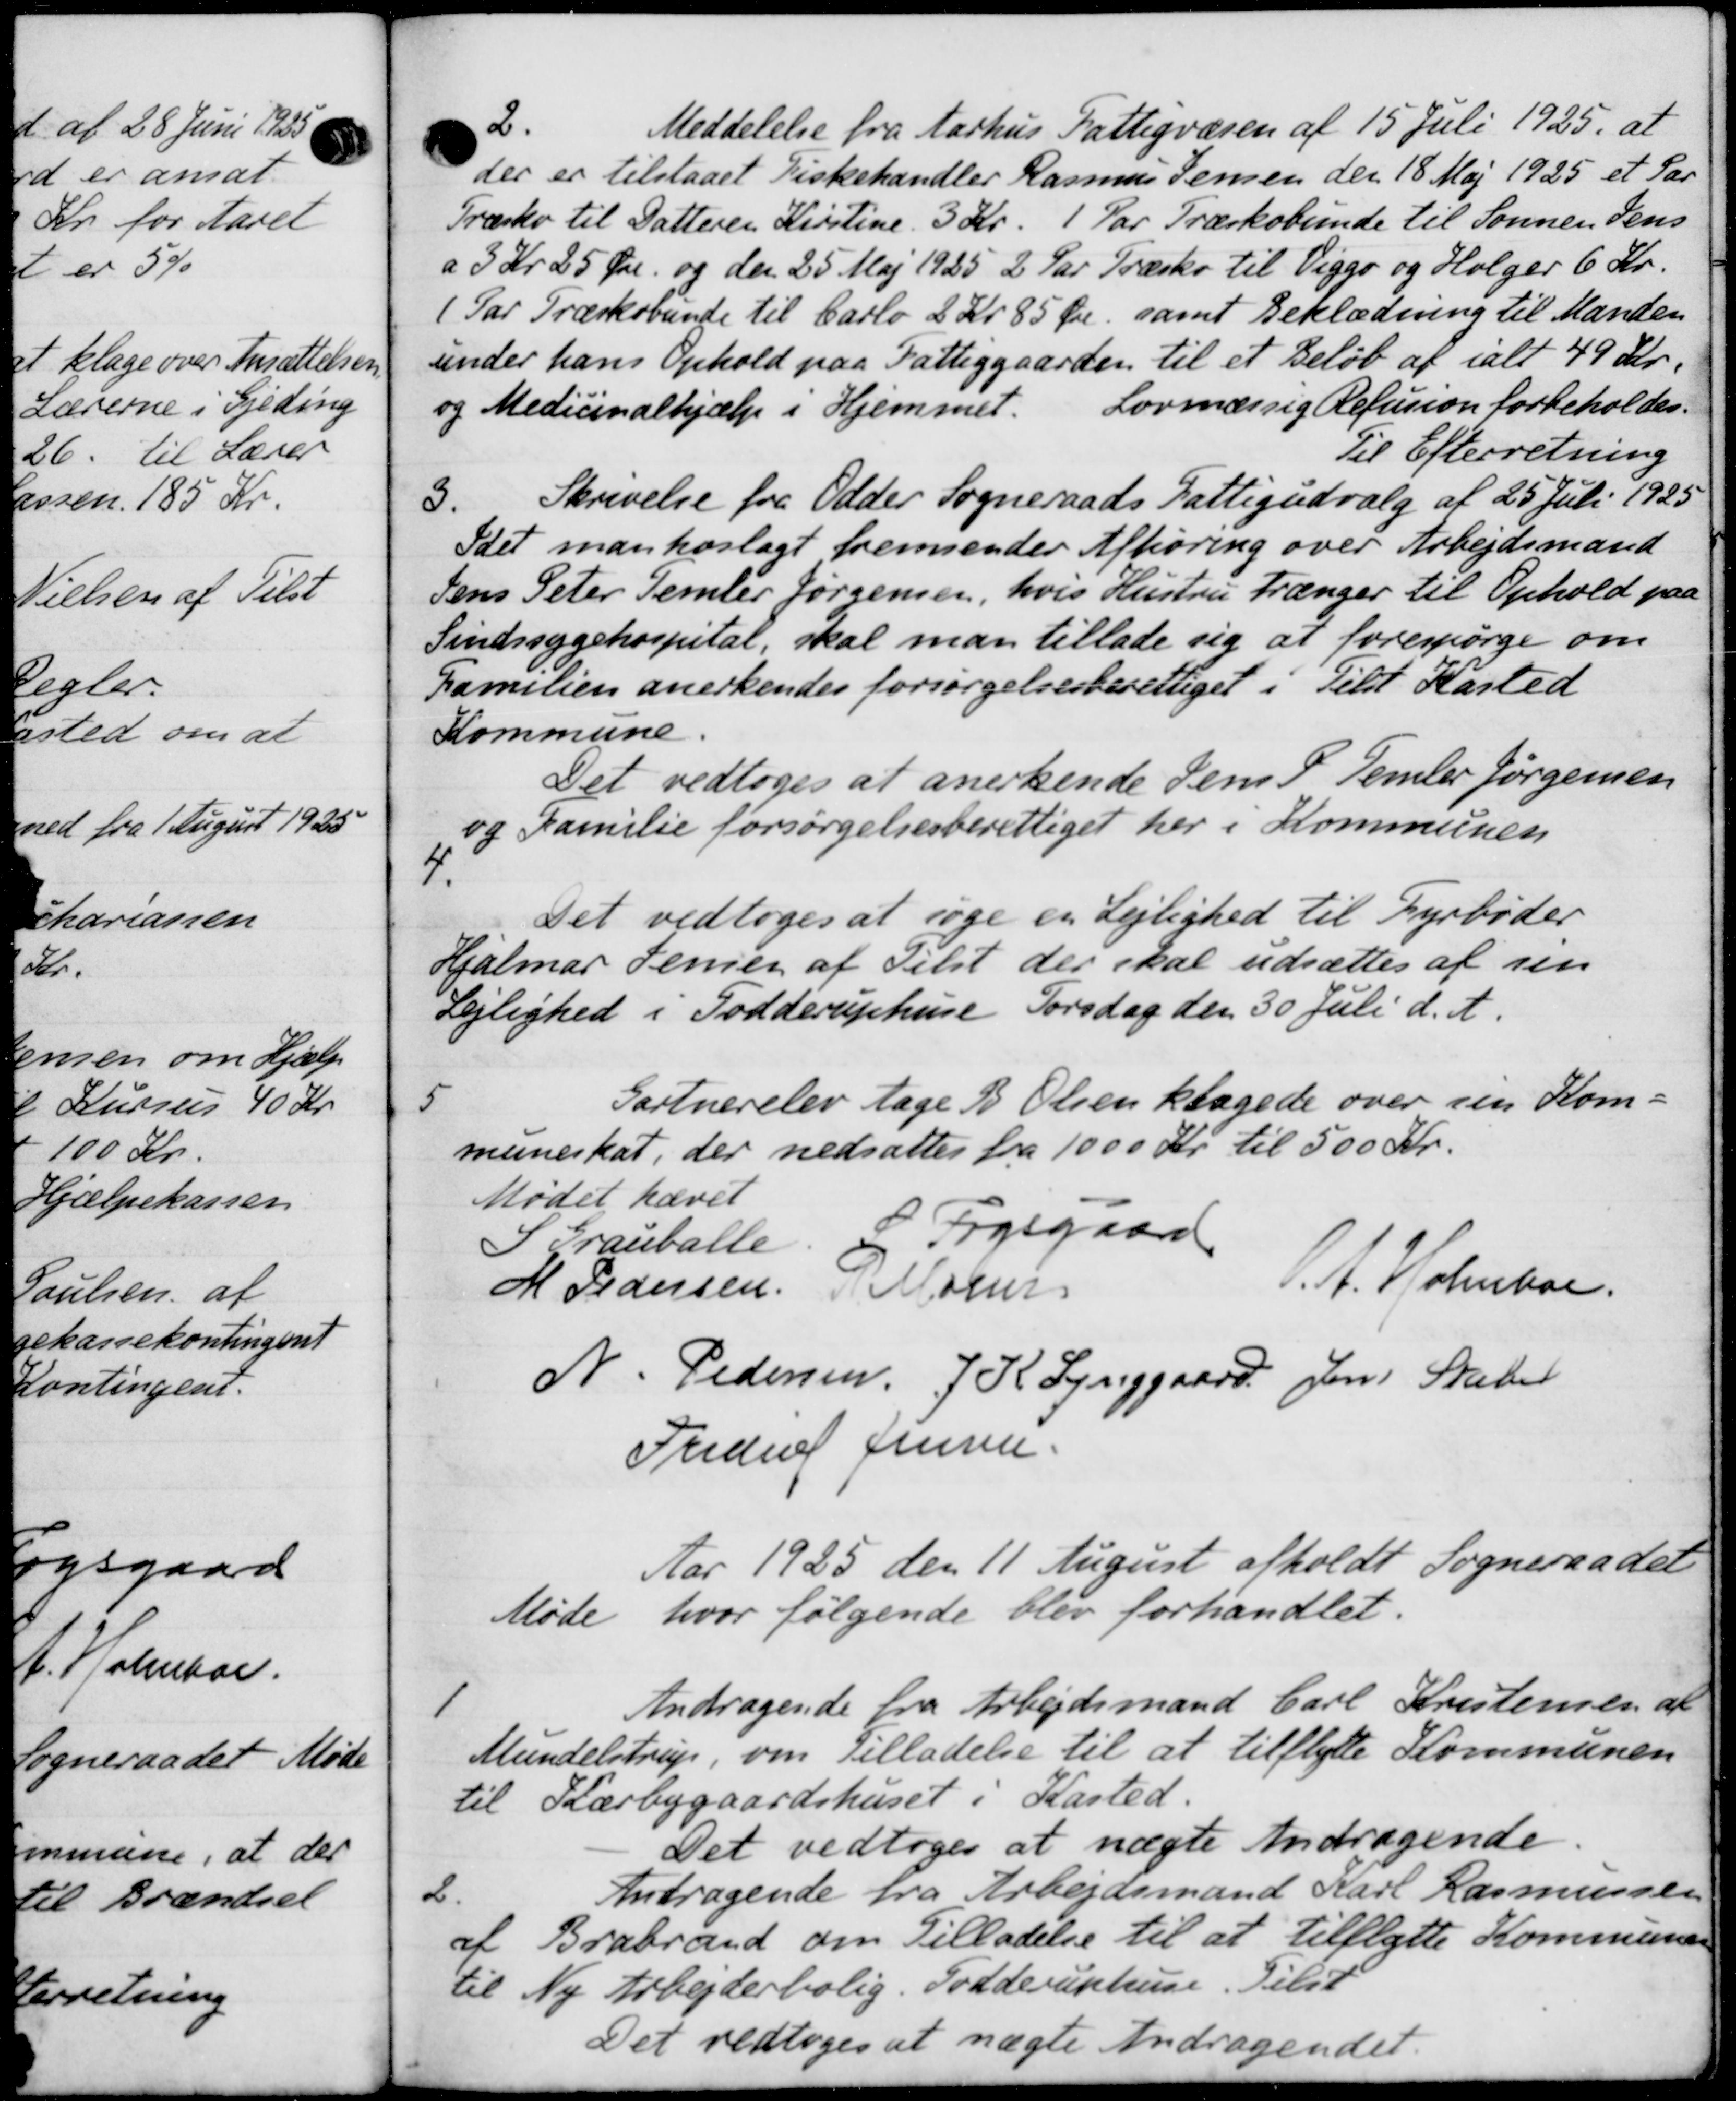
Transskription:
2.
Meddelelse fra Aarhus Fattigvæsen af 15 Juli 1925, at
der er tilstaaet Fiskehandler Rasmus Jensen den 18 Maj 1925 et Par
Træsko til Datteren Kirstine 3 Kr. 1 Par Træskobunde til Sønnen Jens
a 3 Kr 25 Øre og den 25 Maj 1925 2 Par Træsko til Viggo og Holger 6 Kr.
(Par Træskovunde til Carlo 2 Kr 85 Øre, samt Beklædning til Manden
under hans Ophold paa Fattiggaarden til et Beløb af ialt 49 Kr.
og Medicinalhjælp i Hjemmet. Lovmæssig Refusion forbeholdes.
Til Efterretning
3.
Skrivelse fra Odder Sogneraads Fattigudvalg af 25 Juli 1925
Idet man hoslagt fremsender Afhøring over Arbejdsmand
Jens Peter Temler Jørgensen, hvis Hustru trænger til Ophold paa
Sindssygehospital, skal man tillade sig at forespørge om
Familien anerkendes forsørgelsesberettiget i Tilst Kasted
Kommune
Det vedtoges at anerkende Jens P. Temler Jørgensen
og Familie forsørgelsesberettiget her i Kommunen

Det vedtoges at søge en Lejlighed til Fyrbøder
Hjalmar Jensen af Tilst der skal udsættes af sin
Lejlighed i Fodderuphuse Torsdag den 30 Juli d. A.

Gartnerelev tage B. Olsen klagede over sin Kom-
muneskat, der nedsattes fra 1000 Kr. til 500 Kr.
Mødet hævet
I Grauballe.
C Fogsgaard
M Pedersen Mogen
.A. Holmboe.
N. Pedersen, J. R. Lynggaard Jens Skaber
Frede Jensen
Aar 1925 den 11 August afholdt Sogneraadet
Møde hvor følgende blev forhandlet.
1
Andragende fra Arbejdsmand Carl Kristensen af
Mundelstrup, om Tilladelse til at tilflytte Kommunen
til Kærbygaardshuset i Kasted.
Det vedtoges at nægte Andragende
2.
Andragende fra Arbejdsmand Karl Rasmussen
af Brabrand om Tilladelse til at tilflytte Kommunen
til Ny Arbejderbolig. Torderuphuse. Tilst
Det vedtoges at nægte Andragendet.